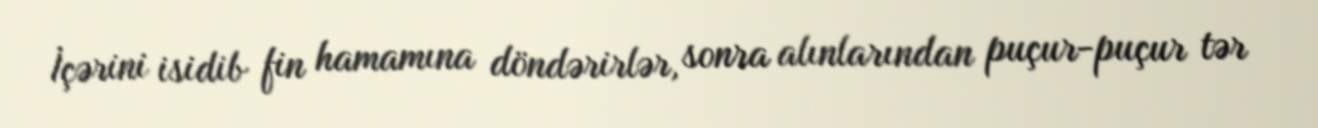
İçərini isidib fin hamamına döndərirlər, sonra alınlarından puçur-puçur tər